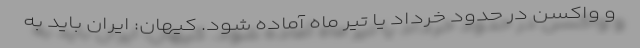
و واکسن در حدود خرداد یا تیر ماه آماده شود. کیهان: ایران باید به